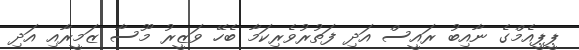
ޕީޕީއެމްގެ ނާއިބު ރައީސް އަދި ފަތުރުވެރިކަމާ ބެހޭ ވަޒީރު މޫސާ ޒަމީރާއި އަދި